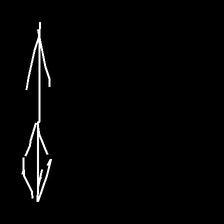
Glyph: focus